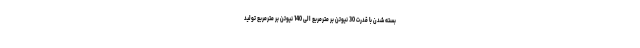
بسته شدن با قدرت 30 نیوتن بر مترمربع الی 140 نیوتن بر مترمربع تولید